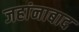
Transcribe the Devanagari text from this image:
जहांनाबाद